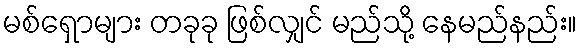
မစ်ရှောများ တခုခု ဖြစ်လျှင် မည်သို့ နေမည်နည်း။